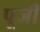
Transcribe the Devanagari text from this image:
पूजीं